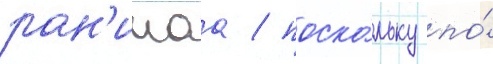
ран'имаа / поско́льку по́